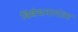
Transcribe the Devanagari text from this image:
विवेचनानंतर